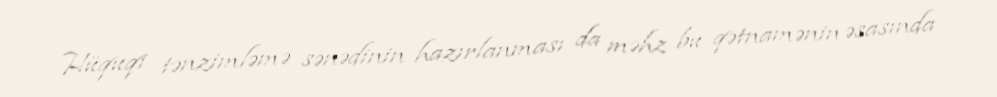
Hüquqi tənzimləmə sənədinin hazırlanması da məhz bu qətnamənin əsasında